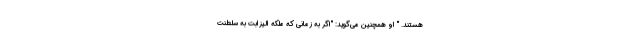
هستند. " او همچنین می‌گوید: "اگر به زمانی که ملکه الیزابت به سلطنت